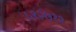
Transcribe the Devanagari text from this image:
५९२७१२